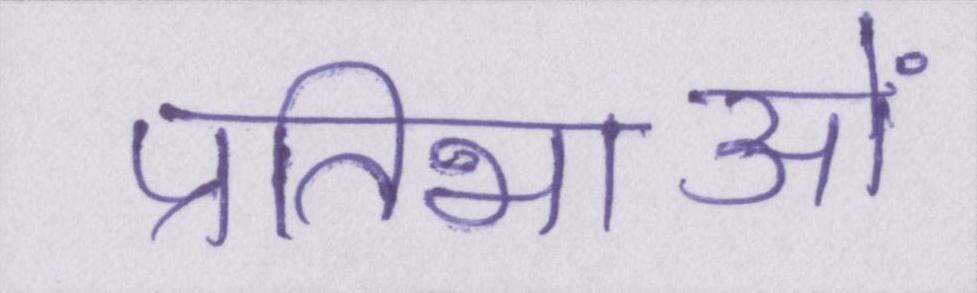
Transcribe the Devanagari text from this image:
प्रतिभाओं